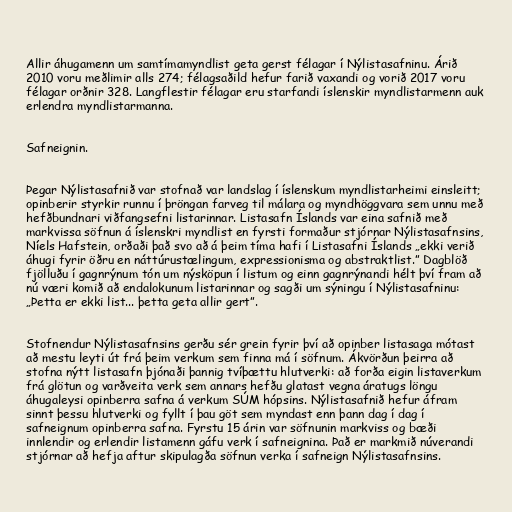
Allir áhugamenn um samtímamyndlist geta gerst félagar í Nýlistasafninu. Árið
2010 voru meðlimir alls 274; félagsaðild hefur farið vaxandi og vorið 2017 voru
félagar orðnir 328. Langflestir félagar eru starfandi íslenskir myndlistarmenn auk
erlendra myndlistarmanna.

Safneignin.

Þegar Nýlistasafnið var stofnað var landslag í íslenskum myndlistarheimi einsleitt;
opinberir styrkir runnu í þröngan farveg til málara og myndhöggvara sem unnu með
hefðbundnari viðfangsefni listarinnar. Listasafn Íslands var eina safnið með
markvissa söfnun á íslenskri myndlist en fyrsti formaður stjórnar Nýlistasafnsins,
Níels Hafstein, orðaði það svo að á þeim tíma hafi í Listasafni Íslands „ekki verið
áhugi fyrir öðru en náttúrustælingum, expressionisma og abstraktlist.” Dagblöð
fjölluðu í gagnrýnum tón um nýsköpun í listum og einn gagnrýnandi hélt því fram að
nú væri komið að endalokunum listarinnar og sagði um sýningu í Nýlistasafninu:
„Þetta er ekki list... þetta geta allir gert”.

Stofnendur Nýlistasafnsins gerðu sér grein fyrir því að opinber listasaga mótast
að mestu leyti út frá þeim verkum sem finna má í söfnum. Ákvörðun þeirra að
stofna nýtt listasafn þjónaði þannig tvíþættu hlutverki: að forða eigin listaverkum
frá glötun og varðveita verk sem annars hefðu glatast vegna áratugs löngu
áhugaleysi opinberra safna á verkum SÚM hópsins. Nýlistasafnið hefur áfram
sinnt þessu hlutverki og fyllt í þau göt sem myndast enn þann dag í dag í
safneignum opinberra safna. Fyrstu 15 árin var söfnunin markviss og bæði
innlendir og erlendir listamenn gáfu verk í safneignina. Það er markmið núverandi
stjórnar að hefja aftur skipulagða söfnun verka í safneign Nýlistasafnsins.